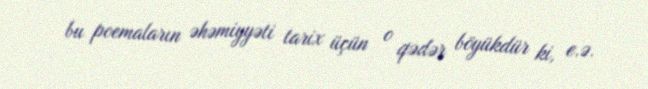
bu poemaların əhəmiyyəti tarix üçün o qədər böyükdür ki, e.ə.